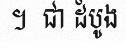
។  ជា ដំបូង